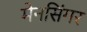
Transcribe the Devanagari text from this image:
मेनसिंगर